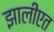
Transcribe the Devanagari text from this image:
झालीएत